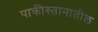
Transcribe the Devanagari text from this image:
पाकीस्तानातील